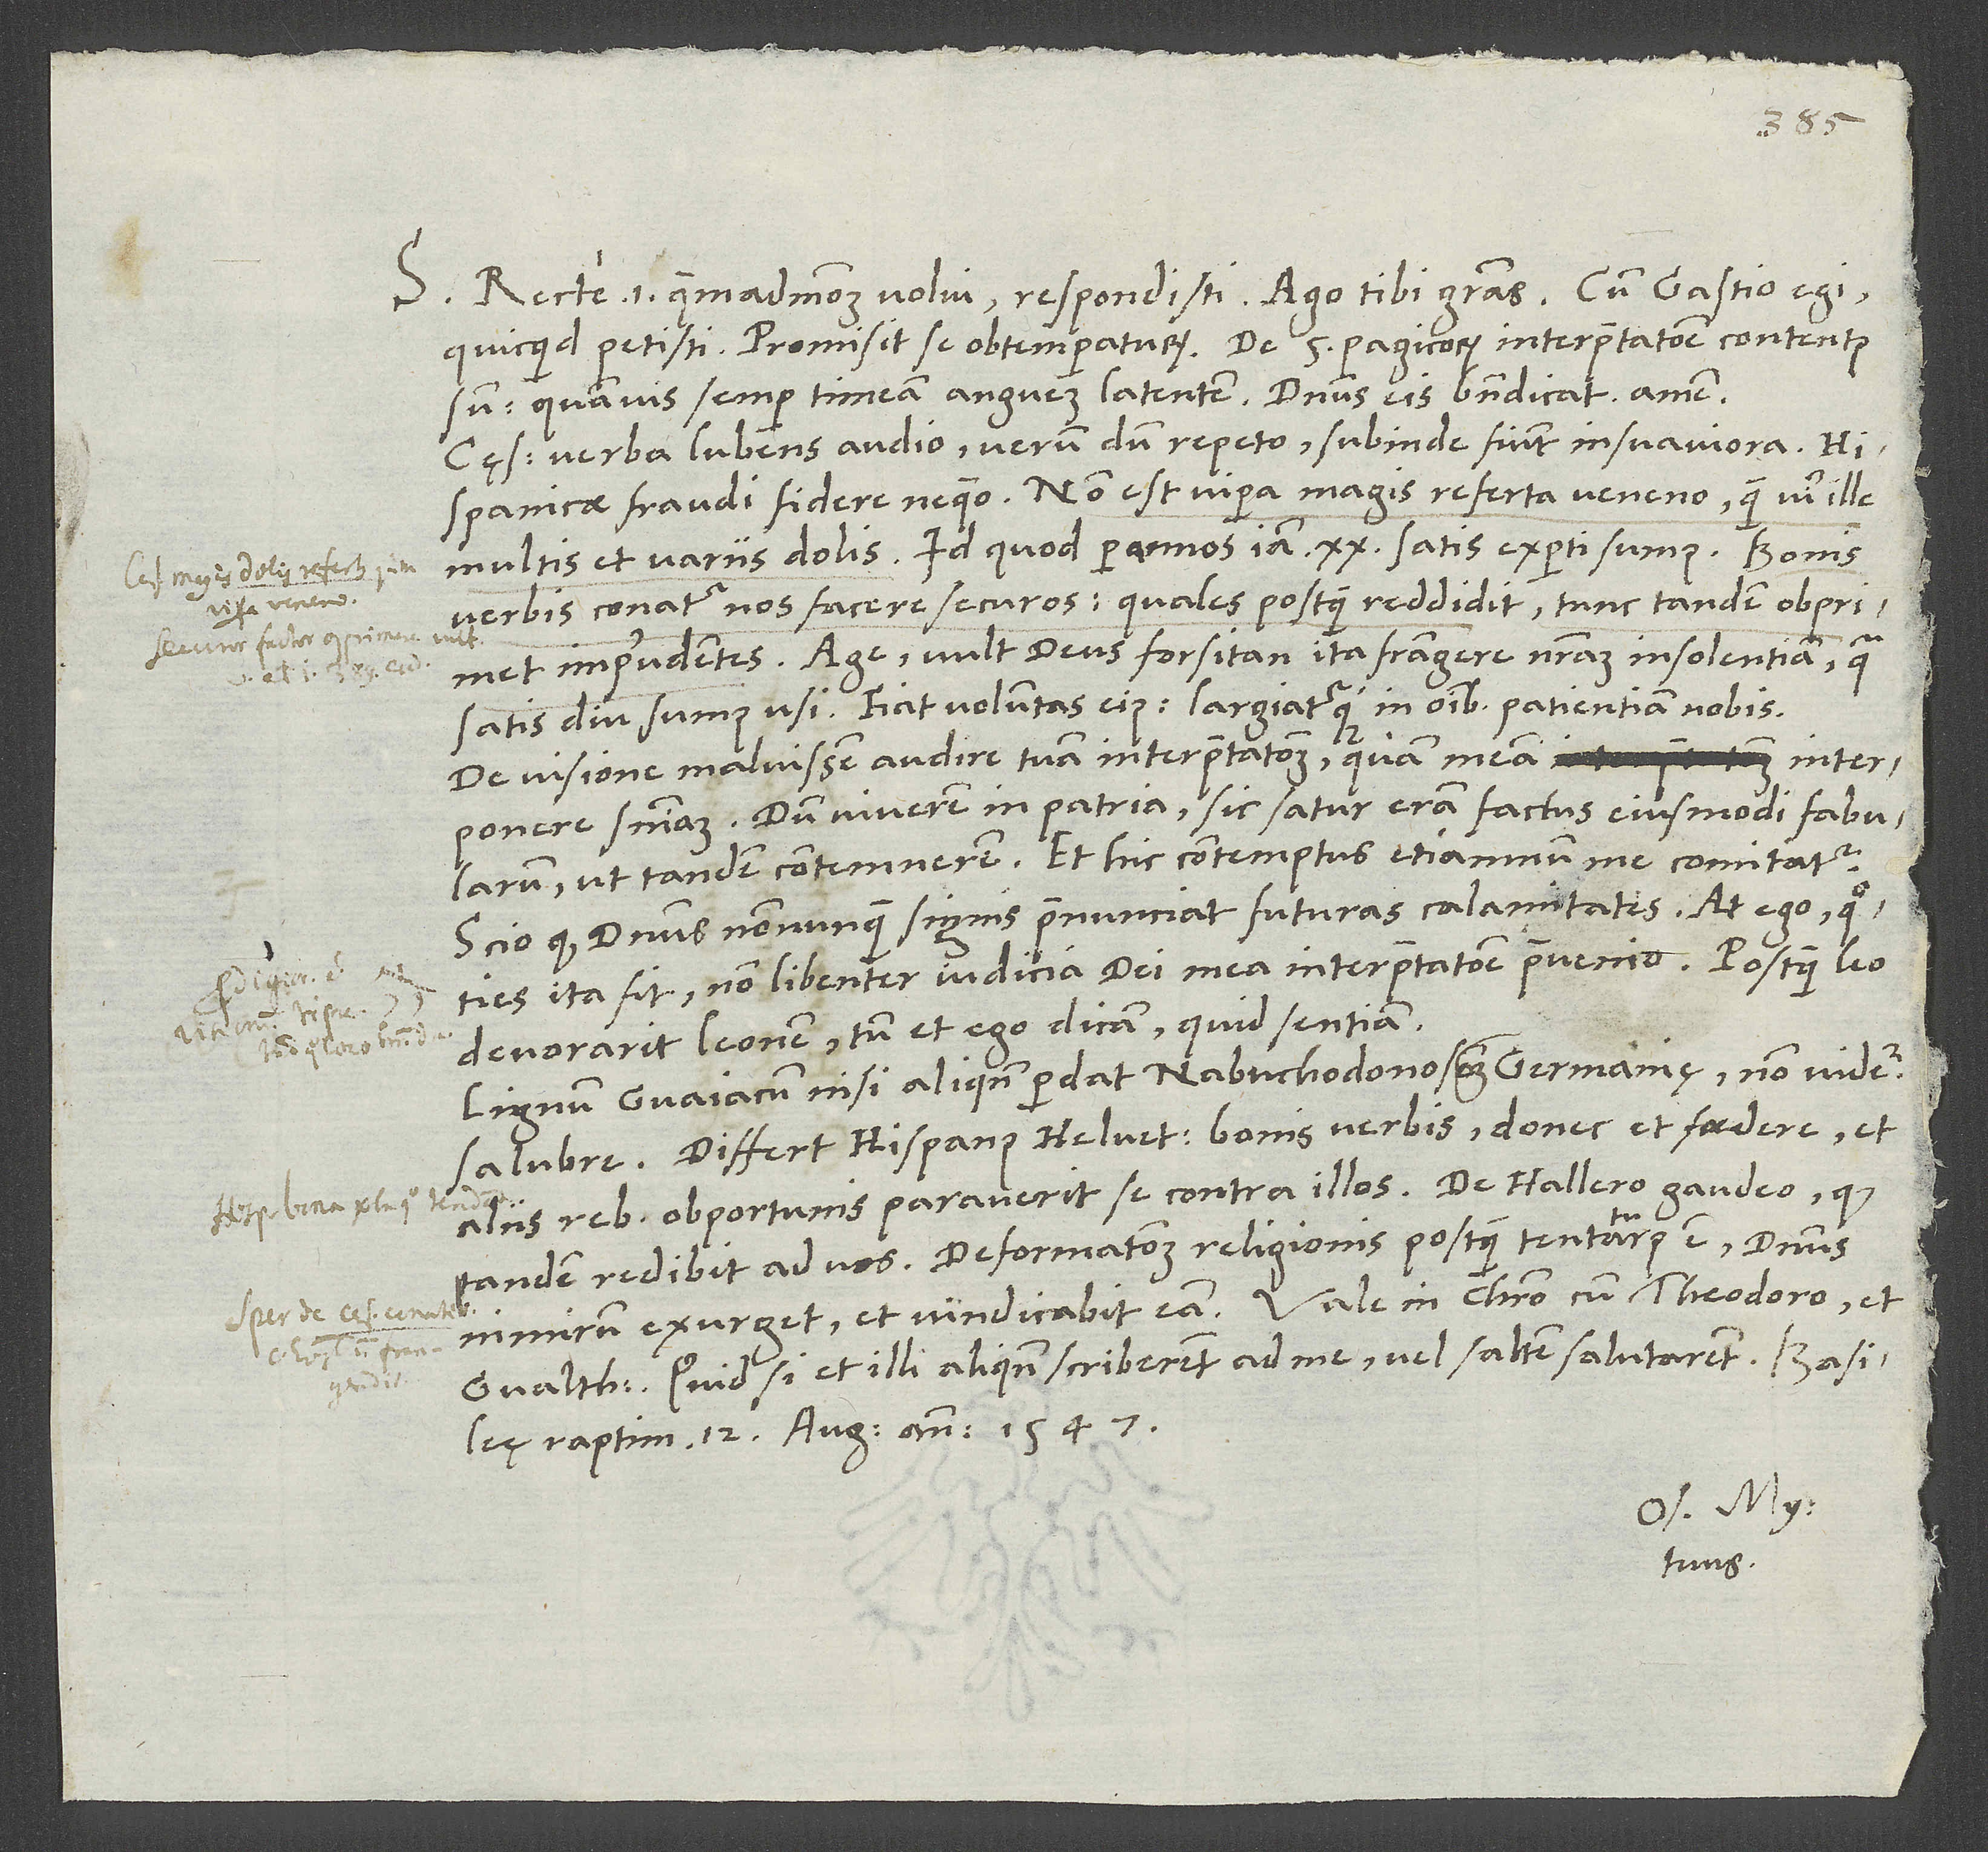
S. Recte, id est quemadmodum volui, respondisti. Ago tibi gratias. Cum Gastio egi,
quicquid petisti. Promisit se obtemperaturum. De 5 Pagicorum interpretatione contentus
sum, quamvis semper timeam anguem latentem. Dominus eis benedicat! Amen.
Cęsaris verba lubens audio. Verum dum repeto, subinde fiunt insuaviora.
Hispanicae fraudi fidere nequeo! Non est vipera magis referta veneno, quam vir ille
multis et variis dolis; id quod per annos iam 20 satis experti sumus. Bonis
verbis conatur nos facere securos, quales postquam reddidit, tunc tandem obprimet
imprudentes. Age, vult deus forsitan ita frangere nostram insolentiam, qua
satis diu sumus usi. Fiat voluntas eius largiaturque in omnibus patientiam nobis!
De visione maluissem audire tuam interpretationem quam meam interponere
sententiam. Dum viverem in patria, sic satur eram factus eiusmodi fabularum,
ut tandem contemnerem, et hic contemptus etiamnum me comitatur.
Scio, quod dominus nonnunquam signis praenunciat futuras calamitates, at ego (quoties
ita fit) non libenter iudicia dei mea interpretatione praevenio. Postquam leo
devorarit leonem, tum et ego dicam, quid sentiam.
Lignum Guaiacum, nisi aliquando perdat Nabuchodonosorem Germanię, non videtur
salubre. Differt Hispanus Helvetios bonis verbis, donec et foedere et
Gvalthero. Quid si et illi aliquando scriberent ad me vel saltem salutarent? Basileę,
raptim 12. augusti anno 1547.
Os. My.
tuus.